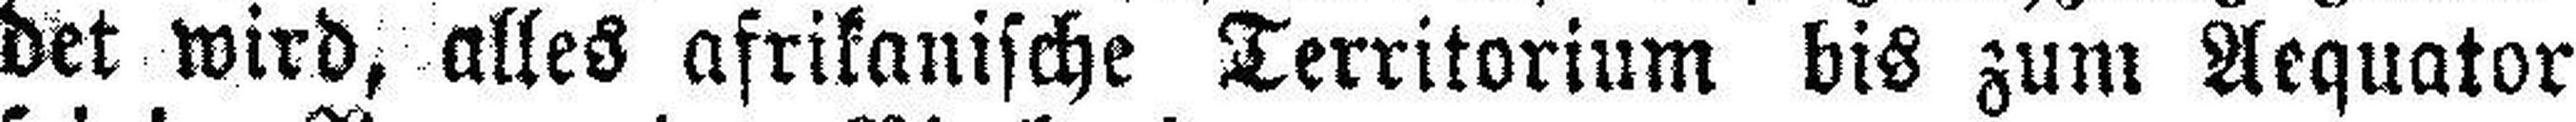
det wird, alles afrikanische Territorium bis zum Aequator